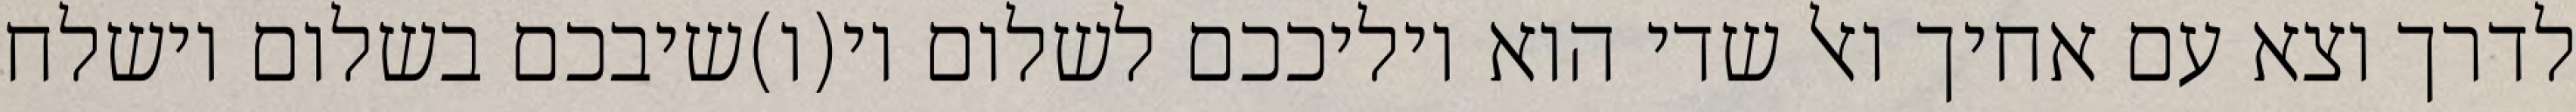
לדרך וצא עם אחיך ואל שדי הוא יוליככם לשלום וי(ו)שיבכם בשלום וישלח